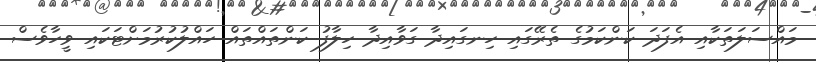
މައްސަލަތަކާއި އެފަދަ ކަންކަމުގެ ތެރޭގައި ހިނގައިދާ ގަވާއިދާ ހިލާފު ކަންތައްތައް ހައްލުކުރުމަށްޓަކައި ވީހާވެސް